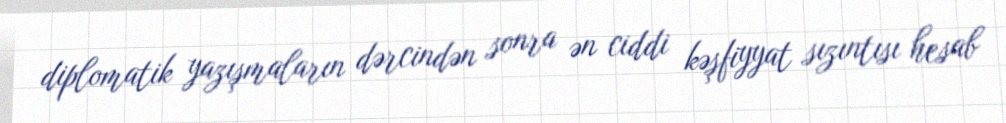
diplomatik yazışmaların dərcindən sonra ən ciddi kəşfiyyat sızıntısı hesab